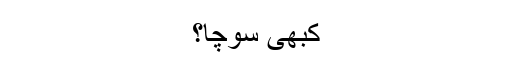
کبھی سوچا؟